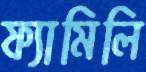
ফ্যামিলি